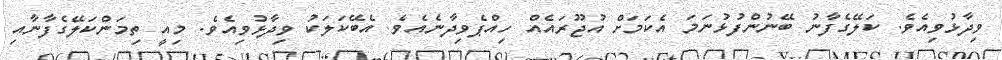
ވިދާޅުވިއެވެ. ކަލޭގެފާނު ބޭނުންފުޅުނަމަ އެކަމަށް އުޖޫރައެއް ހިއްޕެވިދާނެއެވެ. އެބޭކަލަކު ވިދާޅުވިއެވެ. މިއީ ތިމަންކަލޭގެފާނާއި